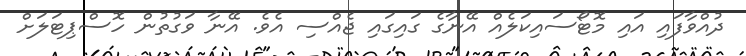
ދުއްވާފައި އައި މޮޓޯސައިކަލެއް އޭނާގެ ގައިގައި ޖެއްސި އެވެ. އޭނާ ވަގުތުން ހޮސްޕިޓަލަށް